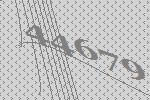
44679